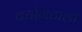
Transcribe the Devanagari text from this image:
वयोगटाला